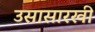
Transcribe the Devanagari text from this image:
उसासारखी